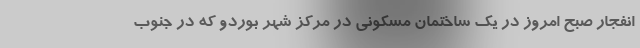
انفجار صبح امروز در یک ساختمان مسکونی در مرکز شهر بوردو که در جنوب